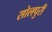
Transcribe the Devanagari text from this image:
सोलपुरी